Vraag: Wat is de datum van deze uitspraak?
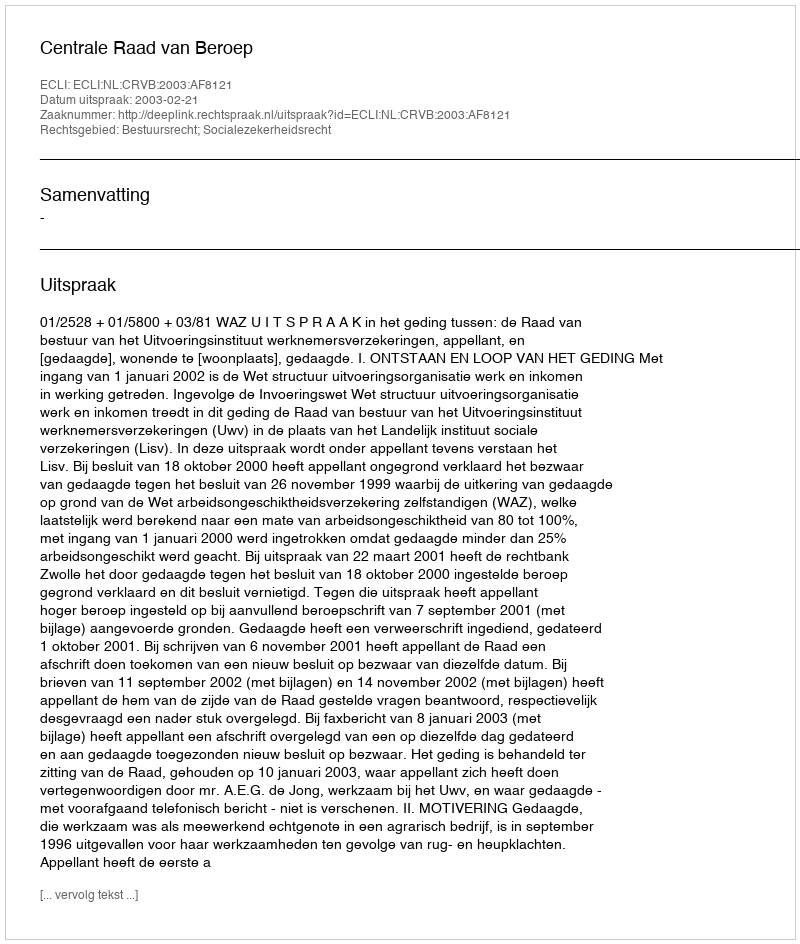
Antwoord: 2003-02-21